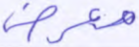
معرض